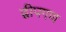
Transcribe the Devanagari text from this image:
द्वीपगण